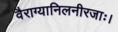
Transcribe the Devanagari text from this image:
वैराग्यानिलनीरजाः।